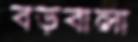
বড়বালা